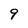
Character: 9